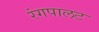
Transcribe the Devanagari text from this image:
रंगपालट